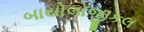
બાયોલોજીકલ